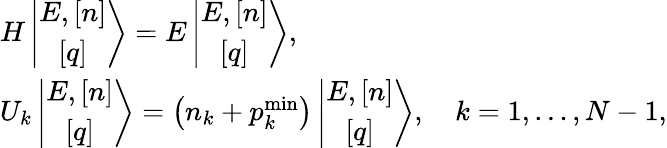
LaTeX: \begin{array}{l}{{H\left\vert\begin{array}{c}{{E,\left[n\right]}}\\ {{\left[q\right]}}\end{array}\right>=E\left\vert\begin{array}{c}{{E,\left[n\right]}}\\ {{\left[q\right]}}\end{array}\right>,}}\\ {{{U}_{k}\left\vert\begin{array}{c}{{E,\left[n\right]}}\\ {{\left[q\right]}}\end{array}\right>=\left(n_{k}+p_{k}^{\mathrm{min}}\right)\left\vert\begin{array}{c}{{E,\left[n\right]}}\\ {{\left[q\right]}}\end{array}\right>,\quad k=1,\ldots,N-1,}}\end{array}